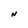
Character: N